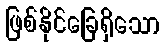
ဖြစ်နိုင်ခြေရှိသော